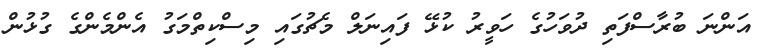
އަންނަ ބުރާސްފަތި ދުވަހުގެ ހަވީރު ކުޅޭ ފައިނަލް މެޗުގައި މިސްކިތްމަގު އެންމެންގެ ގުޅުން